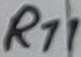
Text: R11